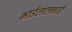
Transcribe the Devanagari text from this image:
भाईलालभाई